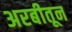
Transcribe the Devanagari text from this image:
अरबीतून